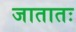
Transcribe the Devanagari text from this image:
जातातः